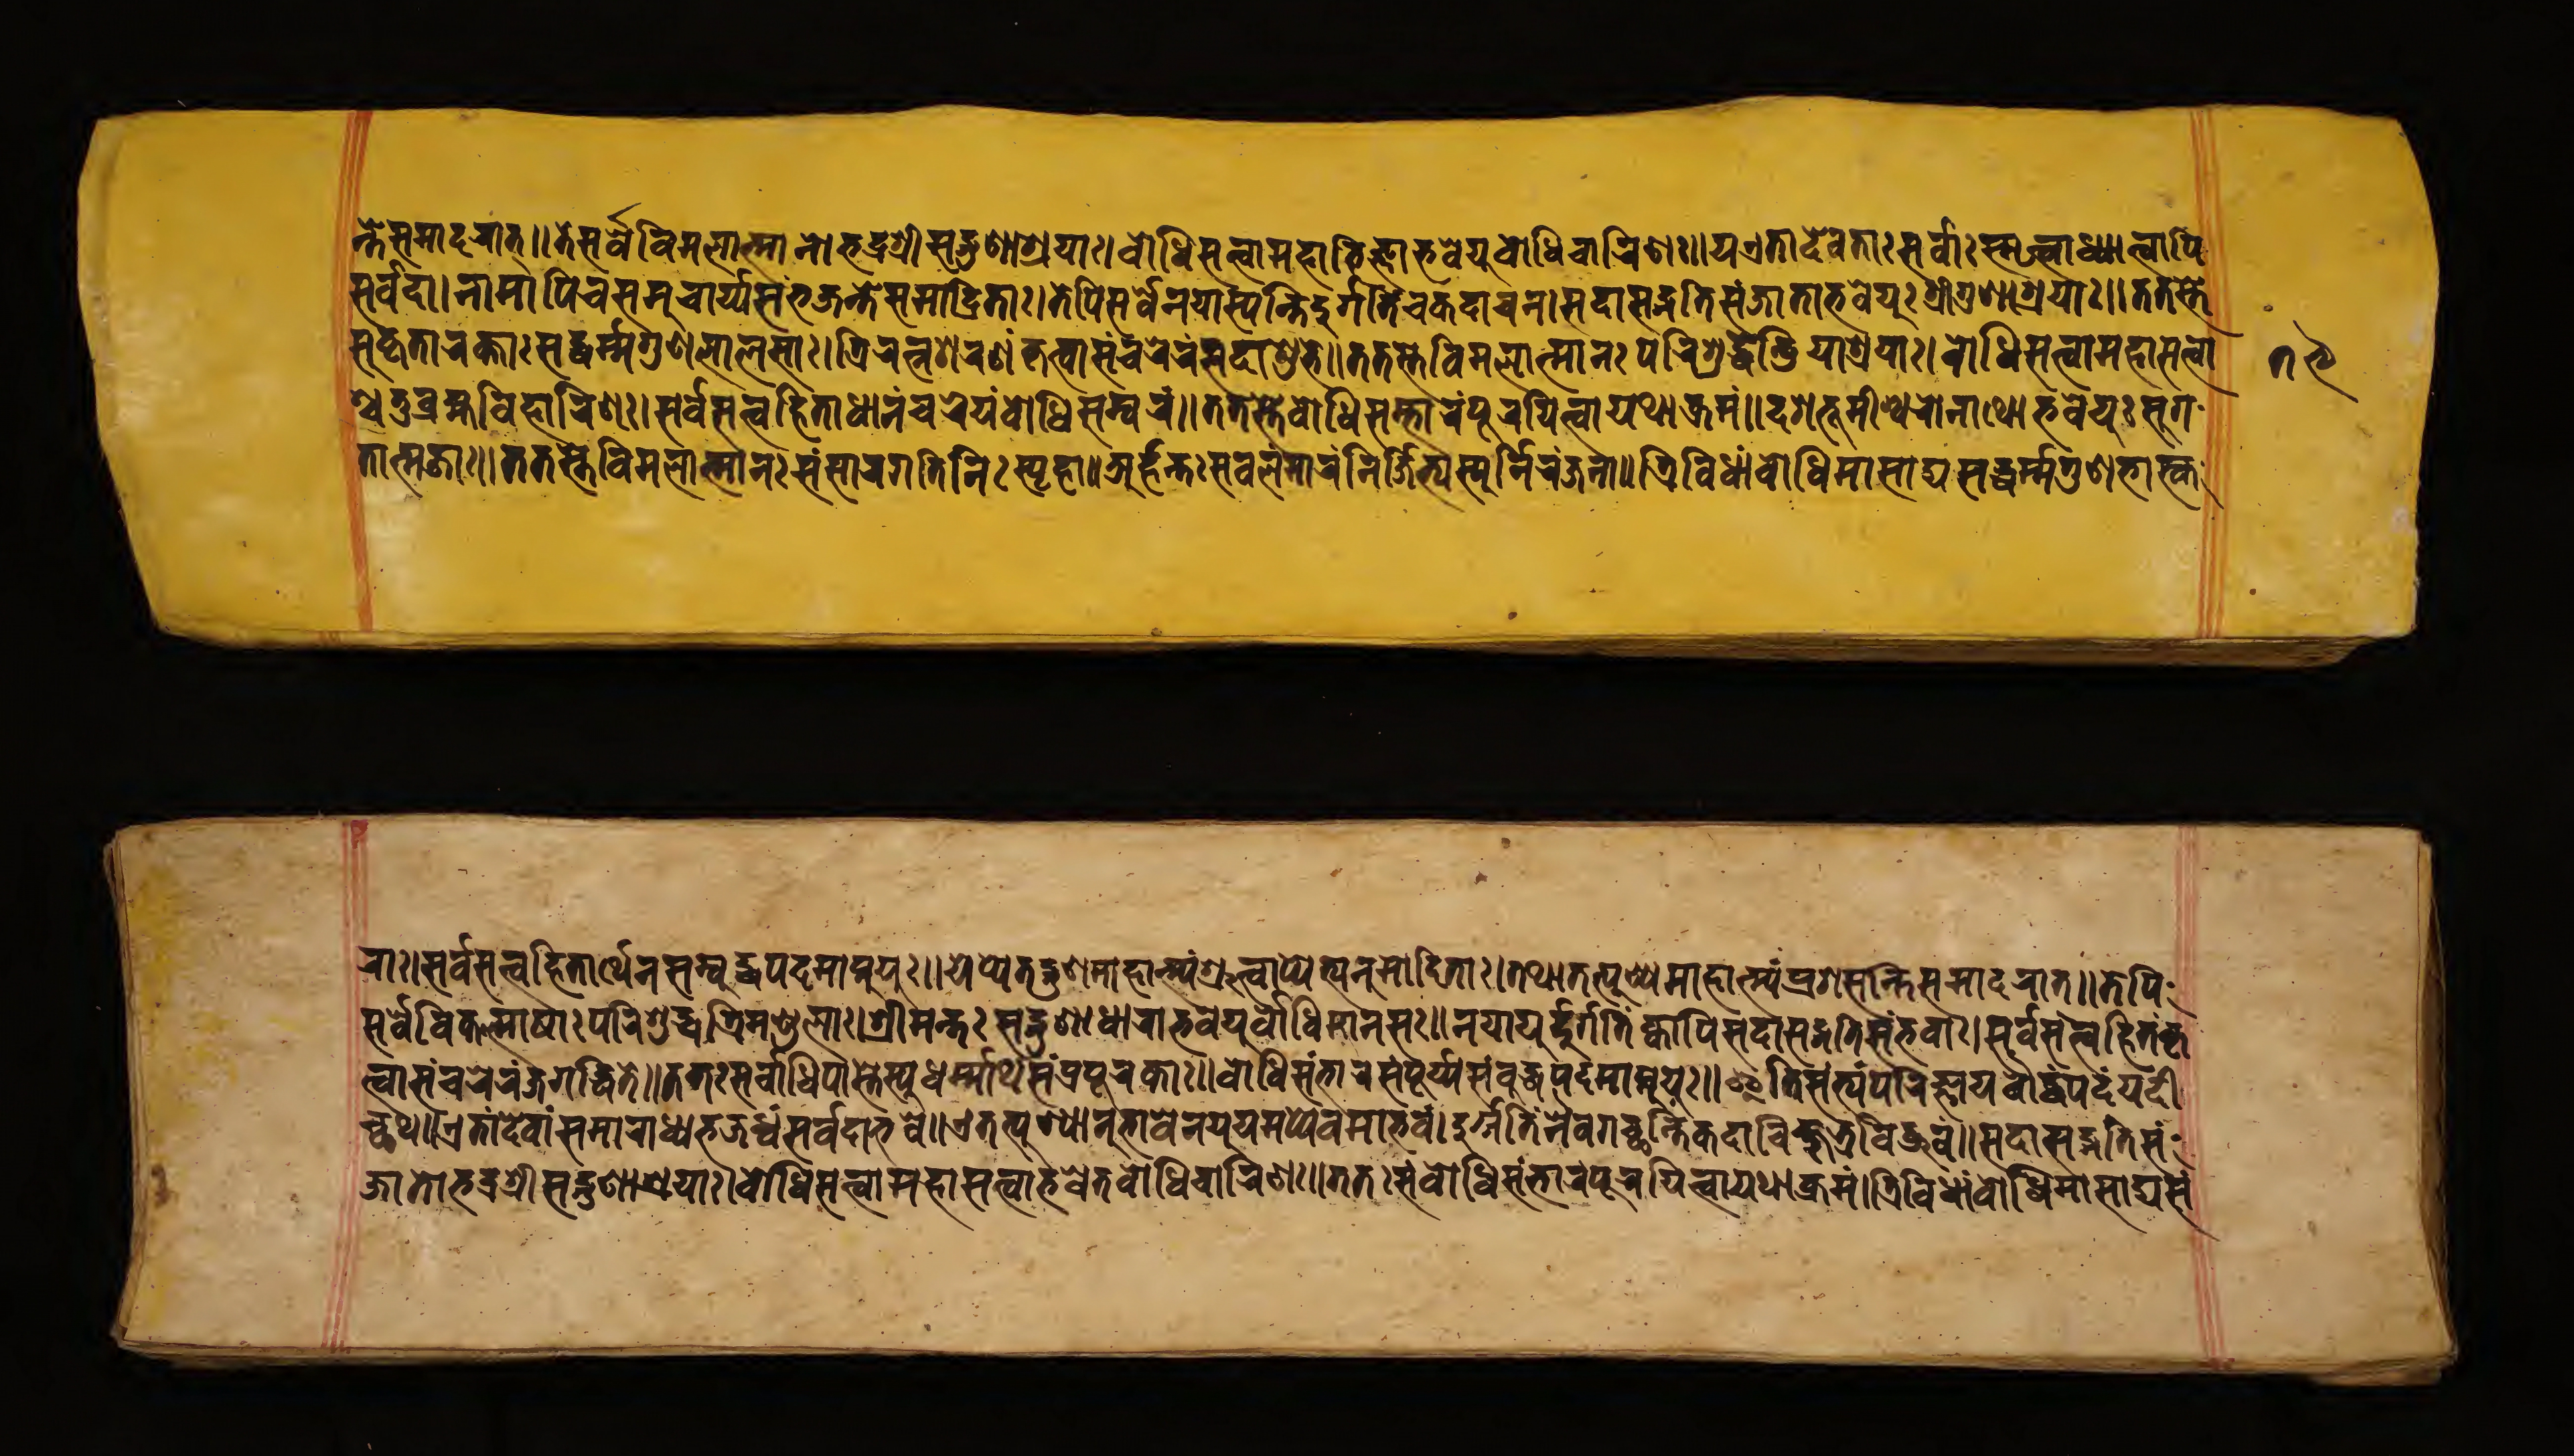
𑐣𑑂𑐟𑐾𑐳𑐩𑐵𑐡𑐬𑐵𑐟𑑂𑑌𑐟𑐾𑐳𑐬𑑂𑐰𑑂𑐰𑐾𑐰𑐶𑐩𑐮𑐟𑑂𑐩𑐵𑐣𑑀𑐨𑐡𑑂𑐬𑐱𑑂𑐬𑐷𑐳𑐡𑑂𑐐𑐸𑐞𑐵𑐱𑑂𑐬𑐫𑐵𑑅𑑋𑐧𑑀𑐢𑐶𑐳𑐟𑑂𑐟𑑂𑐰𑐵𑐩𑐴𑐵𑐨𑐶𑐖𑑂𑐘𑐵𑐨𑐰𑐾𑐫𑐸𑐧𑑀𑐢𑐶𑐔𑐵𑐬𑐶𑐞𑑅𑑌𑐫𑐊𑐟𑐵𑐡𑐾𑐰𑐟𑐵𑑅𑐳𑐬𑑂𑐰𑐵𑑅𑐳𑑂𑐩𑐺𑐟𑑂𑐰𑐵𑐢𑑂𑐫𑐵𑐟𑑂𑐰𑐵𑐥𑐶 𑐳𑐬𑑂𑐰𑐡𑐵𑑋𑐣𑐵𑐩𑐵𑐥𑐶𑐔𑐳𑐩𑐸𑐔𑑂𑐔𑐵𑐬𑑂𑐫𑐳𑑄𑐨𑐖𑐣𑑂𑐟𑐾𑐳𑐩𑐵𑐡𑑂𑐬𑐶𑐟𑐵𑑅𑑋𑐟𑐾𑐥𑐶𑐳𑐬𑑂𑐰𑐾𑐣𑐫𑐵𑐳𑑂𑐫𑐣𑑂𑐟𑐶𑐡𑐸𑐬𑑂𑐐𑑂𑐐𑐟𑐶𑑄𑐔𑐎𑐡𑐵𑐔𑐣𑑋𑐳𑐡𑐵𑐳𑐡𑑂𑐐𑐟𑐶𑐳𑑄𑐖𑐵𑐟𑐵𑐨𑐰𑐾𑐫𑐸𑑅𑐱𑑂𑐬𑐷𑐐𑐸𑐞𑐵𑐱𑑂𑐬𑐫𑐵𑑅𑑌𑐟𑐟𑐳𑑂𑐟𑐾 𑐳𑐸𑐎𑐺𑐟𑐵𑐬𑐎𑑂𑐟𑐵𑑅𑐳𑐢𑐬𑑂𑐩𑑂𑐩𑐐𑐸𑐞𑐮𑐵𑐮𑐳𑐵𑑅𑑋𑐟𑑂𑐬𑐶𑐬𑐟𑑂𑐣𑐱𑐬𑐞𑑄𑐎𑐺𑐟𑑂𑐰𑐵𑐳𑑄𑐔𑐬𑐾𑐬𑐣𑑂𑐳𑐡𑐵𑐱𑐸𑐨𑐾𑑌𑐟𑐟𑐳𑑂𑐟𑐾𑐰𑐶𑐩𑐮𑐵𑐟𑑂𑐩𑐵𑐣𑑅𑐥𑐬𑐶𑐱𑐸𑐡𑑂𑐢𑐾𑐣𑑂𑐡𑑂𑐬𑐶𑐫𑐵𑐱𑐫𑐵𑑅𑑋𑐧𑑀𑐢𑐶𑐳𑐟𑑂𑐟𑑂𑐰𑐵𑐩𑐴𑐵𑐳𑐟𑑂𑐟𑑂𑐰𑐵 𑐱𑑂𑐔𑐟𑐸𑐬𑑂𑐧𑑂𑐬𑐴𑑂𑐩𑐰𑐶𑐴𑐵𑐬𑐶𑐞𑑅𑑋𑐳𑐬𑑂𑐰𑐳𑐟𑑂𑐟𑑂𑐰𑐴𑐶𑐟𑐵𑐢𑐵𑐣𑑄𑐔𑐬𑐾𑐫𑐸𑐬𑑂𑐧𑑀𑐢𑐶𑐳𑐩𑑂𑐧𑐬𑑄𑑌𑐟𑐟𑐳𑑂𑐟𑐾𑐧𑑀𑐢𑐶𑐳𑑄𑐨𑐵𑐬𑑄𑐥𑐸𑐬𑐫𑐶𑐟𑑂𑐰𑐵𑐫𑐠𑐵𑐎𑑂𑐬𑐩𑑄𑑌𑐡𑐱𑐨𑐹𑐩𑐷𑐱𑑂𑐰𑐬𑐵𑐣𑐵𑐠𑐵𑐨𑐰𑐾𑐫𑐸𑑅𑐳𑐸𑐐 𑐟𑐵𑐟𑑂𑐩𑐖𑐵𑑅𑑌𑐟𑐟𑐳𑑂𑐟𑐾𑐣𑐶𑐬𑑂𑐩𑑂𑐩𑐮𑐵𑐟𑑂𑐩𑐵𑐣𑑅𑐳𑑄𑐳𑐵𑐬𑐐𑐟𑐶𑐣𑐶𑑅𑐳𑑂𑐥𑐺𑐴𑐵𑑌𑐀𑐬𑑂𑐴𑐣𑑂𑐟𑑅𑐳𑐰𑐮𑐩𑐵𑐬𑑄𑐣𑐶𑐬𑑂𑐖𑐶𑐟𑑂𑐫𑐳𑑂𑐫𑐸𑐬𑑂𑐣𑐶𑐬𑑄𑐖𑐣𑐵𑑌𑐟𑑂𑐬𑐶𑐰𑐶𑐢𑐵𑑄𑐧𑑀𑐢𑐶𑐩𑐵𑐳𑐵𑐡𑑂𑐫𑐳𑐡𑑂𑐢𑐬𑑂𑐩𑑂𑐩𑐐𑐸𑐞𑐨𑐵𑐳𑑂𑐎 𑐬𑐵𑑅𑑋𑐳𑐬𑑂𑐰𑐳𑐟𑑂𑐟𑑂𑐰𑐴𑐶𑐟𑐵𑐬𑑂𑐠𑐾𑐣𑐳𑑄𑐧𑐸𑐡𑑂𑐢𑐥𑐡𑐩𑐵𑐥𑑂𑐣𑐸𑐫𑐸𑑌𑐫𑐾𑐥𑑂𑐫𑐾𑐟𑐡𑑂𑐐𑐸𑐞𑐩𑐵𑐴𑐵𑐟𑑂𑐩𑑂𑐫𑑄𑐱𑑂𑐬𑐸𑐟𑑂𑐰𑐵𑐥𑑂𑐫𑐟𑑂𑐫𑐣𑐸𑐩𑑀𑐡𑐶𑐟𑐵𑑅𑑋𑐟𑐠𑐵𑐟𑐟𑑂𑐥𑐸𑐞𑑂𑐫𑐩𑐵𑐴𑐵𑐟𑑂𑐩𑑂𑐫𑑄𑐥𑑂𑐬𑐱𑐳𑐣𑑂𑐟𑐶𑐳𑐩𑐵𑐡𑐬𑐵𑐟𑑂𑑌𑐟𑐾𑐥𑐶 𑐳𑐬𑑂𑐰𑐾𑐰𑐶𑐎𑐮𑑂𑐩𑐵𑐲𑐵𑑅𑐥𑐬𑐶𑐱𑐸𑐡𑑂𑐢𑐶𑐟𑑂𑐬𑐶𑐩𑐞𑑂𑐜𑐮𑐵𑑅𑑋𑐱𑑂𑐬𑐷𑐩𑐣𑑂𑐟𑑅𑐳𑐡𑑂𑐐𑐸𑐞𑐵𑐢𑐵𑐬𑐵𑐨𑐰𑐾𑐫𑐸𑐧𑑀𑐢𑐶𑐩𑐵𑐣𑐳𑐵𑑅𑑌𑐣𑐫𑐵𑐫𑐸𑐬𑑂𑐡𑐸𑐐𑐟𑐶𑑄𑐎𑑂𑐰𑐵𑐥𑐶𑐳𑐡𑐵𑐳𑐡𑑂𑐐𑐟𑐶𑐳𑐩𑑂𑐨𑐰𑐵𑑅𑑋𑐳𑐬𑑂𑐰𑐳𑐟𑑂𑐟𑑂𑐰𑐴𑐶𑐟𑑄𑐎𑐺 𑐟𑑂𑐰𑐵𑐳𑑄𑐔𑐬𑐾𑐬𑐘𑑂𑐖𑐐𑐡𑑂𑐢𑐶𑐟𑐾𑑌𑐟𑐟𑑅𑐳𑐬𑑂𑐰𑐵𑐢𑐶𑐥𑐵𑐳𑑂𑐟𑐾𑐳𑑂𑐫𑐸𑐬𑑂𑐢𑐩𑑂𑐩𑐵𑐬𑑂𑐠𑐶𑐳𑑄𑐥𑑂𑐬𑐥𑐹𑐬𑐎𑐵𑑅𑑌𑐧𑑀𑐢𑐶𑐳𑑄𑐨𑐵𑐬𑑄𑐳𑑄𑐥𑐹𑐬𑑂𑐫𑐳𑑄𑐧𑐸𑐡𑑂𑐢𑐥𑐡𑐩𑐵𑐥𑑂𑐣𑐸𑐫𑐸𑑅𑑌𑐂𑐟𑐶𑐳𑐟𑑂𑐫𑑄𑐥𑐬𑐶𑐖𑑂𑐘𑐵𑐫𑐧𑑁𑐡𑑂𑐢𑑄𑐥𑐡𑑄𑐫𑐡𑐷 𑐔𑑂𑐕𑐠𑑌𑐊𑐟𑐵𑐣𑑂𑐡𑐾𑐰𑐵𑐣𑑂𑐳𑐩𑐵𑐬𑐵𑐢𑑂𑐫𑐨𑐖𑐢𑑂𑐰𑑄𑐳𑐬𑑂𑐰𑐡𑐵𑐨𑐰𑐾𑑌𑐊𑐟𑐟𑑂𑐥𑐸𑐞𑑂𑐫𑐵𑐣𑐸𑐨𑐵𑐰𑐾𑐣𑐫𑐹𑐫𑐩𑐥𑑂𑐫𑐾𑐰𑐩𑐵𑐨𑐰𑑄𑑋𑐡𑐸𑐬𑑂𑐐𑑂𑐐𑐟𑐶𑑄𑐣𑐿𑐰𑐫𑐵𑐫𑐵𑐟𑐎𑐡𑐵𑐔𑐶𑐣𑑂𑐎𑐸𑐟𑑂𑐬𑐔𑐶𑐡𑑂𑐢𑑂𑐬𑐸𑐰𑑄𑑌𑐳𑐡𑐵𑐳𑐡𑑂𑐐𑐟𑐶𑐳𑑄 𑐖𑐵𑐟𑐵𑐨𑐡𑑂𑐬𑐱𑑂𑐬𑐷𑐳𑐡𑑂𑐐𑐸𑐞𑐵𑐱𑑂𑐬𑐫𑐵𑑅𑑋𑐧𑑀𑐢𑐶𑐳𑐟𑑂𑐟𑑂𑐰𑐵𑐩𑐴𑐵𑐳𑐟𑑂𑐟𑑂𑐰𑐵𑐨𑐰𑐟𑐧𑑀𑐢𑐶𑐔𑐵𑐬𑐶𑐞𑑅𑑌𑐟𑐟𑑅𑐳𑑄𑐧𑑀𑐢𑐶𑐳𑑄𑐨𑐵𑐬𑑄𑐥𑐹𑐬𑐫𑐶𑐟𑑂𑐰𑐵𑐫𑐠𑐵𑐎𑑂𑐬𑐩𑑄𑑋𑐟𑑂𑐬𑐶𑐰𑐶𑐢𑐵𑑄𑐧𑑀𑐢𑐶𑐩𑐵𑐳𑐵𑐡𑑂𑐫𑐳𑑄 𑑗𑑙